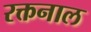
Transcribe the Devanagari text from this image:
रक्तनाल